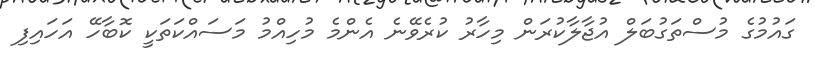
ގައުމުގެ މުސްތަގުބަލް އުޖާލާކުރަން މިހާރު ކުރެވޭނެ އެންމެ މުހިއްމު މަސައްކަތަކީ ކޮބާހޭ އަހައިފި